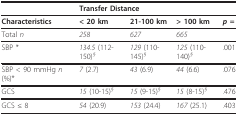
<table><thead><tr><td></td><td colspan="3"><b>Transfer Distance</b></td><td></td></tr></thead><tbody><tr><td><b>Characteristics</b></td><td><b>&lt; 20 km</b></td><td><b>21-100 km</b></td><td><b>&gt; 100 km</b></td><td><b><i>p =</i></b></td></tr><tr><td>Total <i>n</i></td><td><i>258</i></td><td><i>627</i></td><td><i>665</i></td><td></td></tr><tr><td>SBP *</td><td><i>134.5 </i>(112-150)<i><sup>§</sup></i></td><td><i>129 </i>(110-145)<i><sup>§</sup></i></td><td><i>125 </i>(110-140)<i><sup>§</sup></i></td><td>.001</td></tr><tr><td>SBP &lt; 90 mmHg <i>n </i>(%)*</td><td><i>7 </i>(2.7)</td><td><i>43 </i>(6.9)</td><td><i>44 </i>(6.6)</td><td>.076</td></tr><tr><td>GCS</td><td><i>15 </i>(10-15)<i><sup>§</sup></i></td><td><i>15 </i>(9-15)<i><sup>§</sup></i></td><td><i>15 </i>(8-15)<i><sup>§</sup></i></td><td>.476</td></tr><tr><td>GCS ≤ 8</td><td><i>54 </i>(20.9)</td><td><i>153 </i>(24.4)</td><td><i>167 </i>(25.1)</td><td>.403</td></tr></tbody></table>